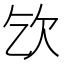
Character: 𣢆